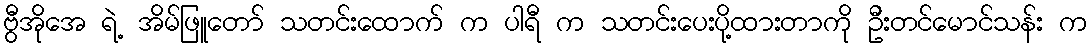
ဗွီအိုအေ ရဲ့ အိမ်ဖြူတော် သတင်းထောက် က ပါရီ က သတင်းပေးပို့ထားတာကို ဦးတင်မောင်သန်း က